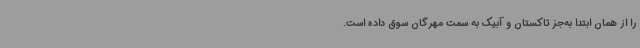
را از همان ابتدا به‌جز تاکستان و آبیک به سمت مهرگان سوق داده است.